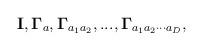
LaTeX: \begin{align*}{\bf I},{\bf \Gamma }_{a},{\bf \Gamma }_{a_{1}a_{2}},...,{\bf\Gamma}_{a_{1}a_{2} \cdot \cdot \cdot a_{D}}, \end{align*}